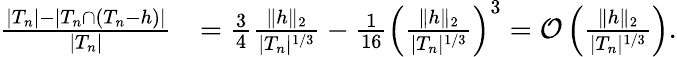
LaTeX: \begin{array}{rl}{\frac{|T_{n}|-|T_{n}\cap(T_{n}-h)|}{|T_{n}|}}&{=\frac{3}{4}\frac{\| h\| _{2}}{|T_{n}|^{1/3}}-\frac{1}{16}\left(\frac{\| h\| _{2}}{|T_{n}|^{1/3}}\right)^{3}=\mathcal{O}\left(\frac{\| h\| _{2}}{|T_{n}|^{1/3}}\right).}\end{array}